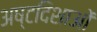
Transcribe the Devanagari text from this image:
अष्टदिशाओं